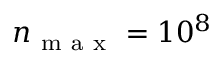
n _ { \mathrm { ~ m ~ a ~ x ~ } } = 1 0 ^ { 8 }